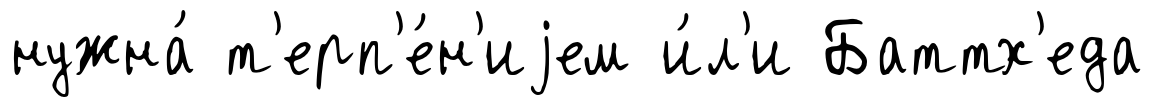
нужна́ т'ерп'е́н'иjем и́л'и Баттх'еда